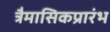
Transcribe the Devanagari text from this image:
त्रैमासिकप्रारंभ